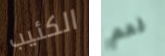
الكئيب نعم